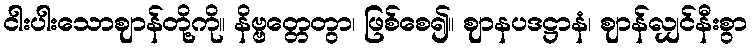
ငါးပါးသောဈာန်တို့ကို။ နိဗ္ဗတ္တေတွာ၊ ဖြစ်စေ၍။ ဈာနပဒဋ္ဌာနံ၊ ဈာန်လျှင်နီးစွာ